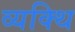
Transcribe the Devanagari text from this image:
व्यक्थि